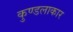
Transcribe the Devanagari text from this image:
कुण्डलाकार